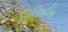
ચિઝિટોસ